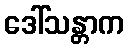
ဒေါ်သန္တာက